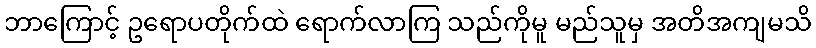
ဘာကြောင့် ဥရောပတိုက်ထဲ ရောက်လာကြ သည်ကိုမူ မည်သူမှ အတိအကျမသိ